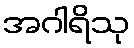
အဂါရိသု